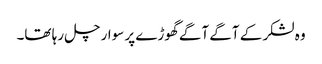
وہ لشکر کے آگے آگے گھوڑے پر سوار چل رہا تھا۔